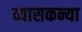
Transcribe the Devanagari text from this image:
व्यासकन्या